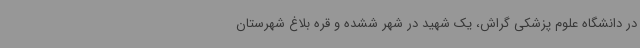
در دانشگاه علوم پزشکی گراش، یک شهید در شهر ششده و قره بلاغ شهرستان